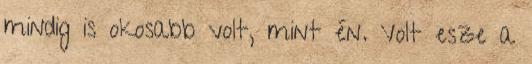
mindig is okosabb volt, mint én. Volt esze a